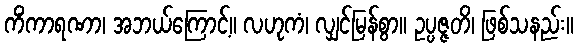
ကိံကာရဏာ၊ အဘယ်ကြောင့်။ လဟုကံ၊ လျှင်မြန်စွာ။ ဥပ္ပဇ္ဇတိ၊ ဖြစ်သနည်း။